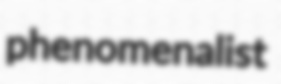
phenomenalist